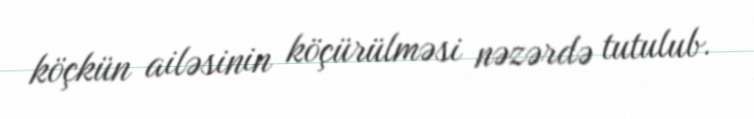
köçkün ailəsinin köçürülməsi nəzərdə tutulub.